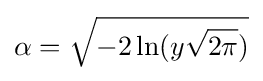
\alpha ={\sqrt {-2\ln(y{\sqrt {2\pi }})}}